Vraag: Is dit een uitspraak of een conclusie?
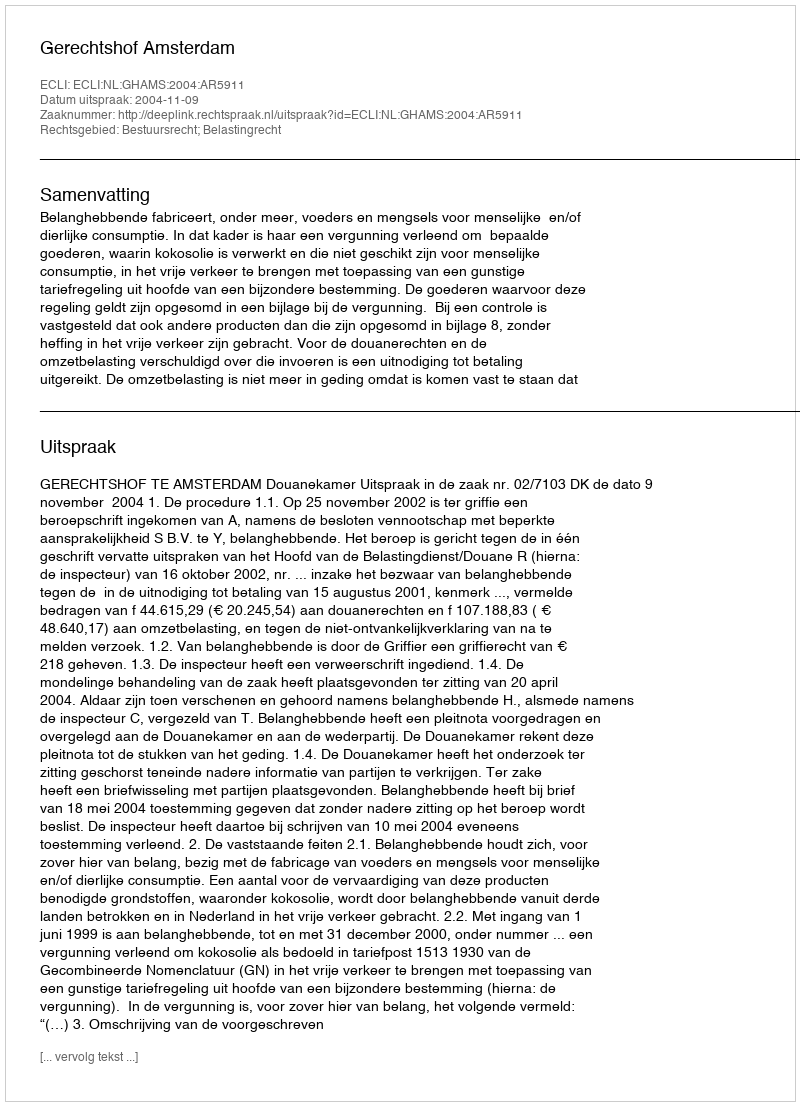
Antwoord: Uitspraak